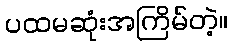
ပထမဆုံးအကြိမ်တဲ့။